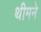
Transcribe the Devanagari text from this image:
थीमने